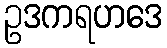
ဥဒကရဟဒေ